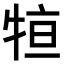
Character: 𤙫